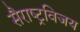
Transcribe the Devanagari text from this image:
सैराष्ट्रविजय